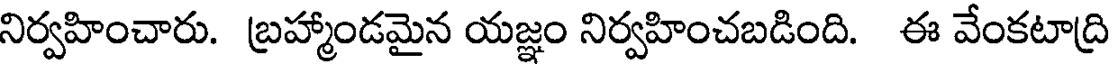
నిర్వహించారు. బ్రహ్మాండమైన యజ్ఞం నిర్వహించబడింది. ఈ వేంకటాద్రి